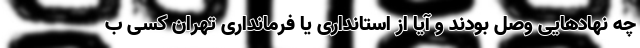
چه نهادهایی وصل بودند و آیا از استانداری یا فرمانداری تهران کسی ب